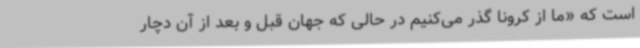
است که «ما از کرونا گذر می‌کنیم در حالی که جهان قبل و بعد از آن دچار